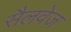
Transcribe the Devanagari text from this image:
सैलवेज